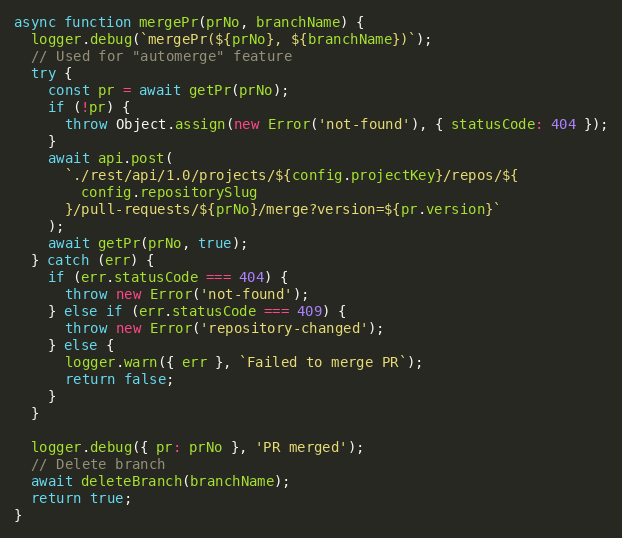
Language: JavaScript
async function mergePr(prNo, branchName) {
  logger.debug(`mergePr(${prNo}, ${branchName})`);
  // Used for "automerge" feature
  try {
    const pr = await getPr(prNo);
    if (!pr) {
      throw Object.assign(new Error('not-found'), { statusCode: 404 });
    }
    await api.post(
      `./rest/api/1.0/projects/${config.projectKey}/repos/${
        config.repositorySlug
      }/pull-requests/${prNo}/merge?version=${pr.version}`
    );
    await getPr(prNo, true);
  } catch (err) {
    if (err.statusCode === 404) {
      throw new Error('not-found');
    } else if (err.statusCode === 409) {
      throw new Error('repository-changed');
    } else {
      logger.warn({ err }, `Failed to merge PR`);
      return false;
    }
  }

  logger.debug({ pr: prNo }, 'PR merged');
  // Delete branch
  await deleteBranch(branchName);
  return true;
}